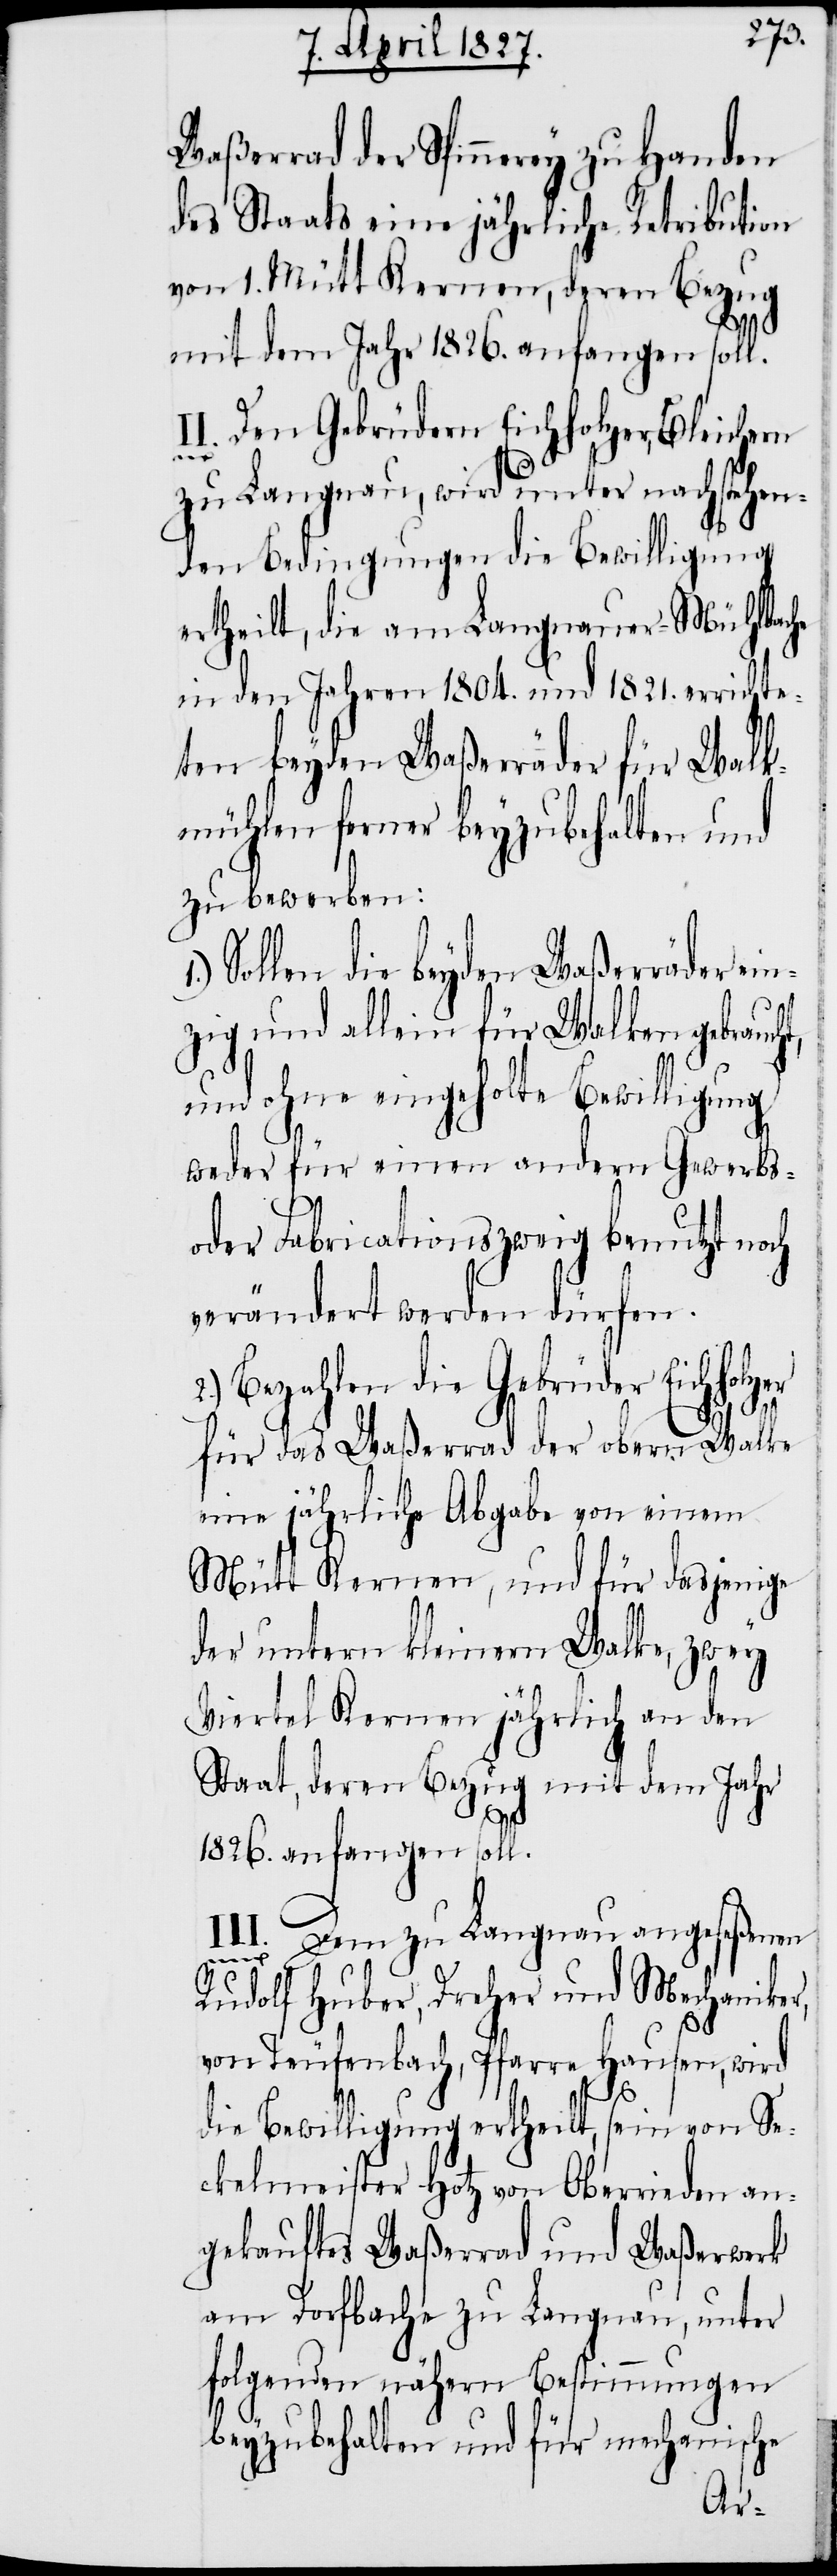
1.)
Waßerrad der Spinnerey zu Handen
des Staats eine jährliche Retribution
von 1. Mütt Kernen, deren Bezug
mit dem Jahr 1826. anfangen soll.
II. Den Gebrüdern Eichholzer, Bleichern
zu Langnau, wird unter nachstehen¬
den Bedingungen die Bewilligung
ertheilt, die am Langnauer-Mühlbache
in den Jahren 1804. und 1821. errichte¬
ten beyden Waßerräder für Walk¬
mühlen ferner beyzubehalten und
zu bewerben:
Sollen die beyden Waßerräder ein¬
zig und allein für Walken gebrauc¬
und ohne eingeholte Bewilligung
weder für einen andern Gewerbs-
oder Fabricationszweig benutzt noch
verändert werden dürfen.
2.) Bezahlen die Gebrüder Eichholzer
ht,
für das Waßerrad der obern Walke
eine jährliche Abgabe von einem
Mütt Kernen, und für dasjenige
der untern kleinern Walke, zwey
Viertel Kernen jährlich an den
Staat, deren Bezug mit dem Jahr
1826. anfangen soll.
III.
Dem zu Langnau angeseßenen
Rudolf Huber, Dreher und Mechaniker,
von Teufenbach, Pfarre Hausen, wird
die Bewilligung ertheilt, sein von Se¬
ckelmeister Hotz von Oberrieden an¬
gekauftes Waßerrad und Waßerwerk
am Dorfbache zu Langnau, unter
folgenden nähern Bestimmungen
beyzubehalten und für mechanische